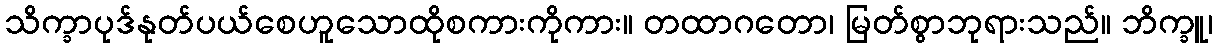
သိက္ခာပုဒ်နုတ်ပယ်စေဟူသောထိုစကားကိုကား။ တထာဂတော၊ မြတ်စွာဘုရားသည်။ ဘိက္ခူ၊